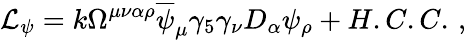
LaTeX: \mathcal{L}_{\psi}=k\Omega^{\mu\nu\alpha\rho}\overline{{{\psi}}}_{\mu}\gamma_{5}\gamma_{\nu}D_{\alpha}\psi_{\rho}+H.C.C.\, ,